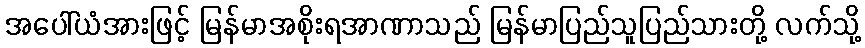
အပေါ်ယံအားဖြင့် မြန်မာအစိုးရအာဏာသည် မြန်မာပြည်သူပြည်သားတို့ လက်သို့